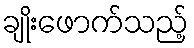
ချိုးဖောက်သည့်